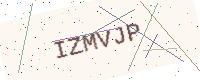
Text: IZMVJP